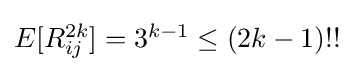
{\textstyle E[R_{ij}^{2k}]=3^{k-1}\leq (2k-1)!!}